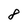
Character: 8